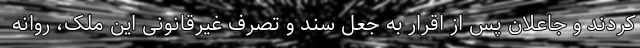
کردند و جاعلان پس از اقرار به جعل سند و تصرف غیرقانونی این ملک، روانه